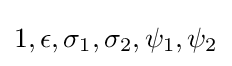
1,\epsilon ,\sigma _{1},\sigma _{2},\psi _{1},\psi _{2}